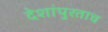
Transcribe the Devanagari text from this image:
देशांपुरताच